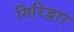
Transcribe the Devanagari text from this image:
गिरिद्वार